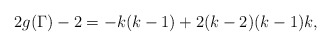
\begin{align*} 2g(\Gamma)-2 = -k(k-1)+2(k-2)(k-1)k,\end{align*}